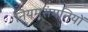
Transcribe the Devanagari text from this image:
नियमसंगतियों